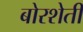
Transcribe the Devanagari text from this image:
बोरशेती